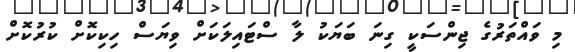
މި ވައްތަރުގެ ޖިންސަކީ ގިނަ ބަޔަކު ލާ ސްޓައިލަކަށް ވިޔަސް ހިކިކޮށް ކުރުކޮށް